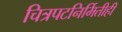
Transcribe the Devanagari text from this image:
चित्रपटनिर्मितीही